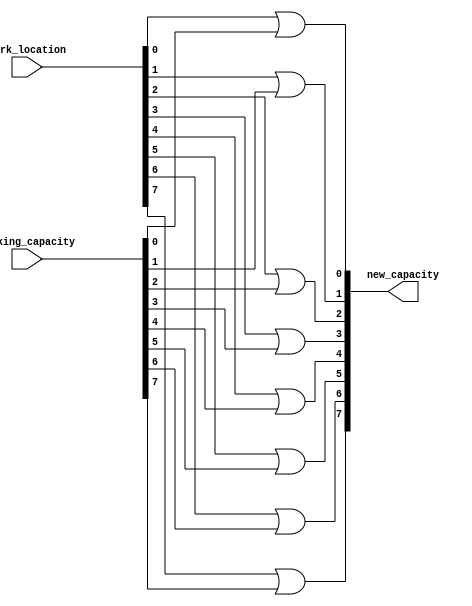
/*--  *******************************************************
--  Computer Architecture Course, Laboratory Sources 
--  Amirkabir University of Technology (Tehran Polytechnic)
--  Department of Computer Engineering (CE-AUT)
--  https://ce[dot]aut[dot]ac[dot]ir
--  *******************************************************
--  All Rights reserved (C) 2021-2022
--  *******************************************************
--  Student ID  : 
--  Student Name: 
--  Student Mail: 
--  *******************************************************
--  Additional Comments:
--
--*/

/*-----------------------------------------------------------
---  Module Name: calculate_new_capacity
-----------------------------------------------------------*/
`timescale 1 ns/1 ns
module calculate_new_capacity(
    park_location,
    parking_capacity,
    new_capacity);

input [7:0] park_location;
input [7:0] parking_capacity;
output [7:0] new_capacity;

or(new_capacity[0], park_location[0], parking_capacity[0]);
or(new_capacity[1], park_location[1], parking_capacity[1]);
or(new_capacity[2], park_location[2], parking_capacity[2]);
or(new_capacity[3], park_location[3], parking_capacity[3]);
or(new_capacity[4], park_location[4], parking_capacity[4]);
or(new_capacity[5], park_location[5], parking_capacity[5]);
or(new_capacity[6], park_location[6], parking_capacity[6]);
or(new_capacity[7], park_location[7], parking_capacity[7]);


endmodule